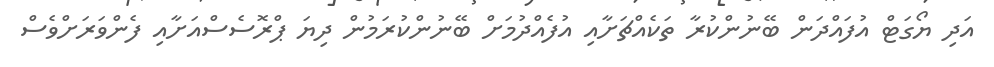
އަދި ޔޯގަޓް އުފައްދަން ބޭނުންކުރާ ތަކެއްޗަށާއި އުފެއްދުމަށް ބޭނުންކުރަމުން ދިޔަ ޕްރޮސެސްއަށާއި ފެންވަރަށްވެސް